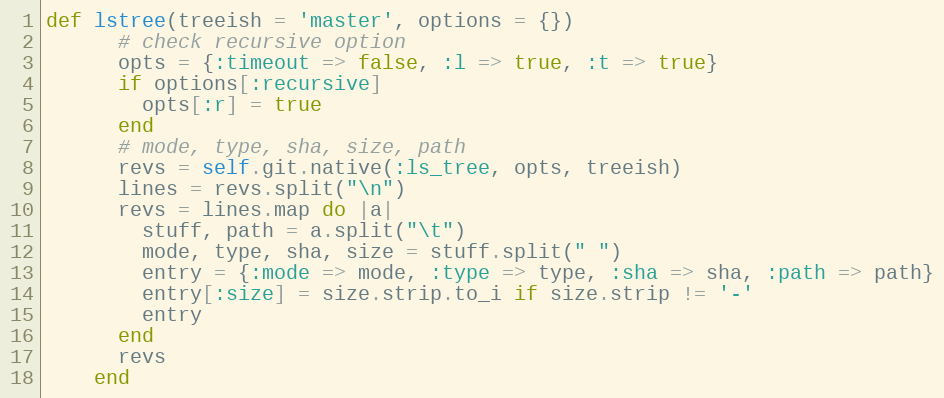
Language: Ruby
def lstree(treeish = 'master', options = {})
      # check recursive option
      opts = {:timeout => false, :l => true, :t => true}
      if options[:recursive]
        opts[:r] = true
      end
      # mode, type, sha, size, path
      revs = self.git.native(:ls_tree, opts, treeish)
      lines = revs.split("\n")
      revs = lines.map do |a|
        stuff, path = a.split("\t")
        mode, type, sha, size = stuff.split(" ")
        entry = {:mode => mode, :type => type, :sha => sha, :path => path}
        entry[:size] = size.strip.to_i if size.strip != '-'
        entry
      end
      revs
    end